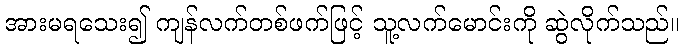
အားမရသေး၍ ကျန်လက်တစ်ဖက်ဖြင့် သူ့လက်မောင်းကို ဆွဲလိုက်သည်။